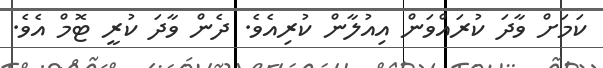
ކަމަށް ވާދަ ކުރައްވަން އިއުލާން ކުރިއެވެ. ދެން ވާދަ ކުރީ ޓޮމް އެވެ.